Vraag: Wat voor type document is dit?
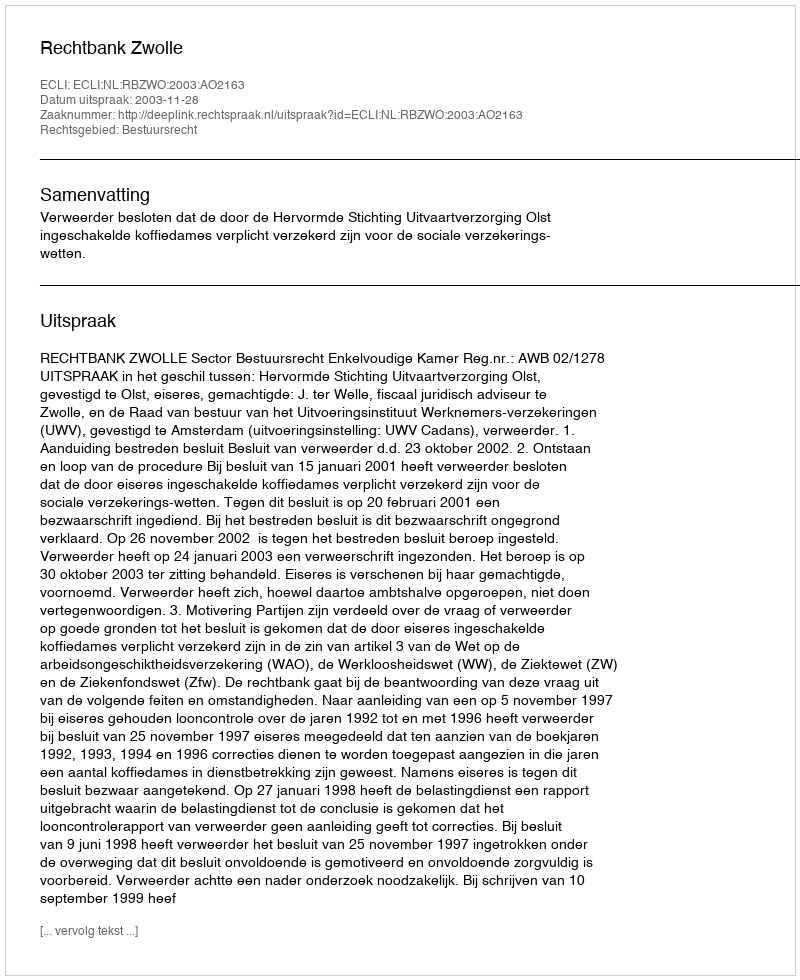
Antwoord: Uitspraak